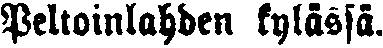
Peltoinlahden kylässä.